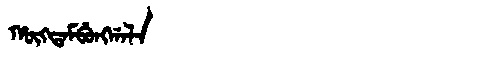
Manchu: ᡥᡡᡴᡨᠠᠮᠪᡠᠩᡤᠠᠯᠠ
Romanization: HŪKTAMBUNGGALA